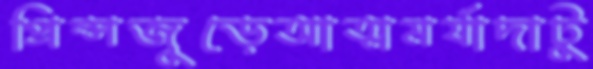
প্রিন্সজুড়েআত্মমর্যাদাটু